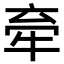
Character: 𪺮